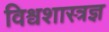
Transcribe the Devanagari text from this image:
विश्वशास्त्रज्ञ